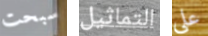
سبحت التماثيل علي